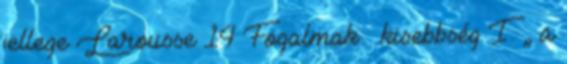
jellege Larousse 14 Fogalmak – kisebbség I. „ a